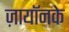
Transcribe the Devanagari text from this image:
ज़ायॉनके